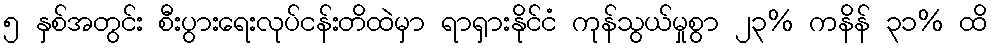
၅ နှစ်အတွင်း စီးပွားရေးလုပ်ငန်းတိထဲမှာ ရာရှားနိုင်ငံ ကုန်သွယ်မှုစွာ ၂၃% ကနိန် ၃၁% ထိ